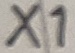
Text: X1